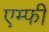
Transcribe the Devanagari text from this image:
एम्फी